system: You are a helpful assistant.
user:
Analyze the provided spectrum to determine if it is a **M-type Giant (gM)**.

A M-type Giant spectrum is defined by its **strong molecular absorption** features, particularly from **Titanium Oxide (TiO)**. You must check for one of the following mutually exclusive signatures:

- **Key Visual Indicators (Absorption-Dominated Spectrum):**

    - **(Primary):** The spectrum is dominated by strong molecular absorption from **Titanium Oxide (TiO)**. This is the **defining feature** of its M-type temperature class.
        - **(Key Bandheads):** Look for sharp, "saw-tooth" absorption valleys. The strongest are located near **~7050 Å**, **~6160 Å**, and **~5170 Å**.
        - **(Line Profile):** The "saw-tooth" morphology is critical: a **sharp, steep drop on the BLUE (short-wavelength) side** of the bandhead, followed by a gradual recovery (rising flux) towards the RED (long-wavelength) side.

    - **(Key Confirmation - Giant vs. Dwarf):** **ABSENCE** of strong **Calcium Hydride (CaH)** molecular bands. This is the primary diagnostic for *excluding* M-dwarfs.
        - **(Key Region):** The spectrum should lack the strong, broad absorption band seen in dwarfs between **~6800 Å and ~7000 Å**.

    - **(Secondary Confirmation - Giant):** A very strong and broad **Neutral Calcium (Ca I)** atomic absorption line.
        - **(Key Line):** Located at **~4226 Å**. In a giant (gM), this line is significantly deeper and broader than the same line in an M-dwarf (dM) due to low surface gravity.

    - **(Overall Spectrum):**
        - The continuum is **extremely red-sloping** (i.e., flux is very low in the blue and rises dramatically towards the red).
        - The entire spectrum appears "chopped up" by the deep TiO bands.

Think first, call **spectral_visualization_tool** if needed to examine features in detail, then provide your final answer. Your response must adhere to the following strict rules:
1.  **Overall Structure:** Your response must follow the format `<think>...</think> <tool_call>...</tool_call> (if a tool is used) <answer>...</answer>`.
2.  **Tool Usage Constraint:** You may only make **one** tool call per turn.
3.  **Final Answer Format:** In the `<answer>` tag, your conclusion must be inside a `\boxed{}` command (e.g., `\boxed{YES}` or `\boxed{NO}`), followed by your justification.

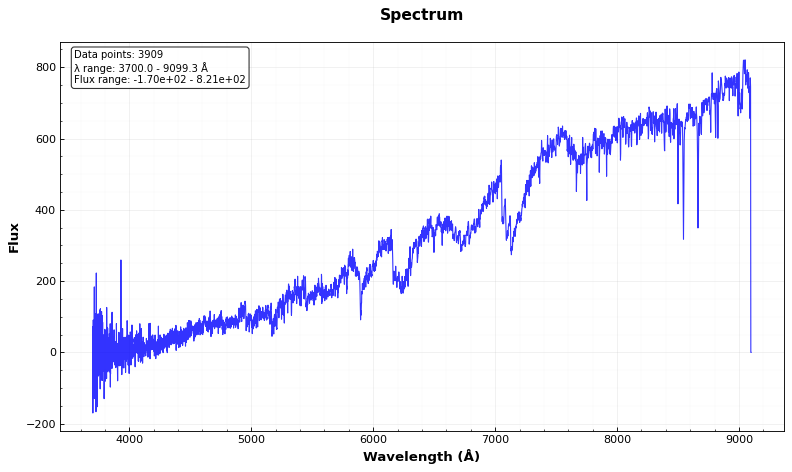
Answer: YES